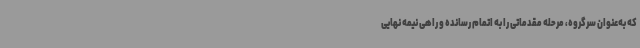
که به‌عنوان سرگروه، مرحله مقدماتی را به اتمام رسانده و راهی نیمه نهایی